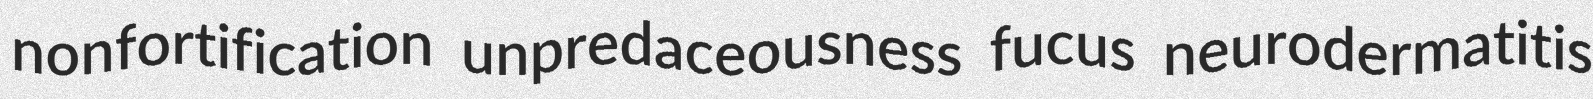
nonfortification unpredaceousness fucus neurodermatitis